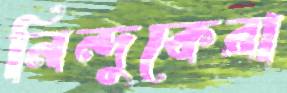
নিন্দুকেরা